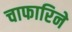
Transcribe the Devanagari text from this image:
चाफारिने